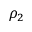
\rho _ { 2 }